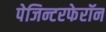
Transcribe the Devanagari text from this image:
पेजिन्टरफेरॉन